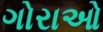
ગોરાઓ